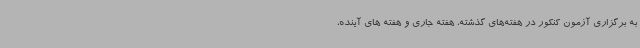
به برگزاری آزمون کنکور در هفته‌های گذشته، هفته جاری و هفته های آینده،